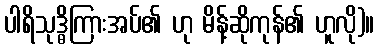
ပါရိသုဒ္ဓိကြားအပ်၏ ဟု မိန့်ဆိုကုန်၏ ဟူလို)။